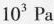
10^{3}Pa